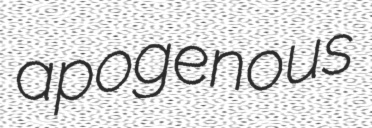
apogenous